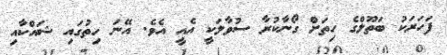
ފަހަރަކު ބަތޫލްގެ ހިތަށް ގޯނާކުރާ ސުވާލަކީ އެއީ އެވެ. އޭނަ ހިތުގައި ޝައްކާއި